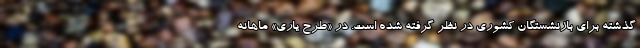
گذشته برای بازنشستگان کشوری در نظر گرفته شده است. در «طرح یاری» ماهانه